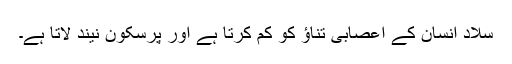
سلاد انسان کے اعصابی تناﺅ کو کم کرتا ہے اور پرسکون نیند لاتا ہے۔